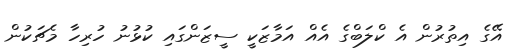
އޭގެ އިތުރުން އެ ކްލަބްގެ އެއް އަމާޒަކީ ސީޒަންގައި ކުޅުނު ހުރިހާ މެޗަކުން